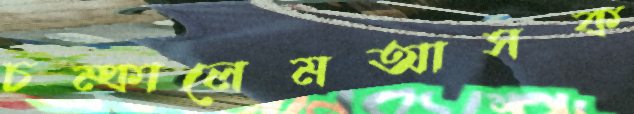
চম্‌কালেমআসক